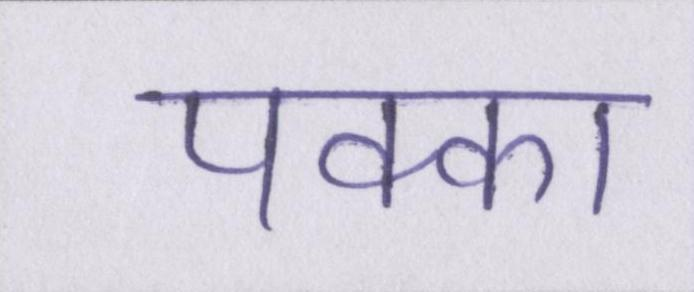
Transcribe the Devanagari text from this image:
पक्का